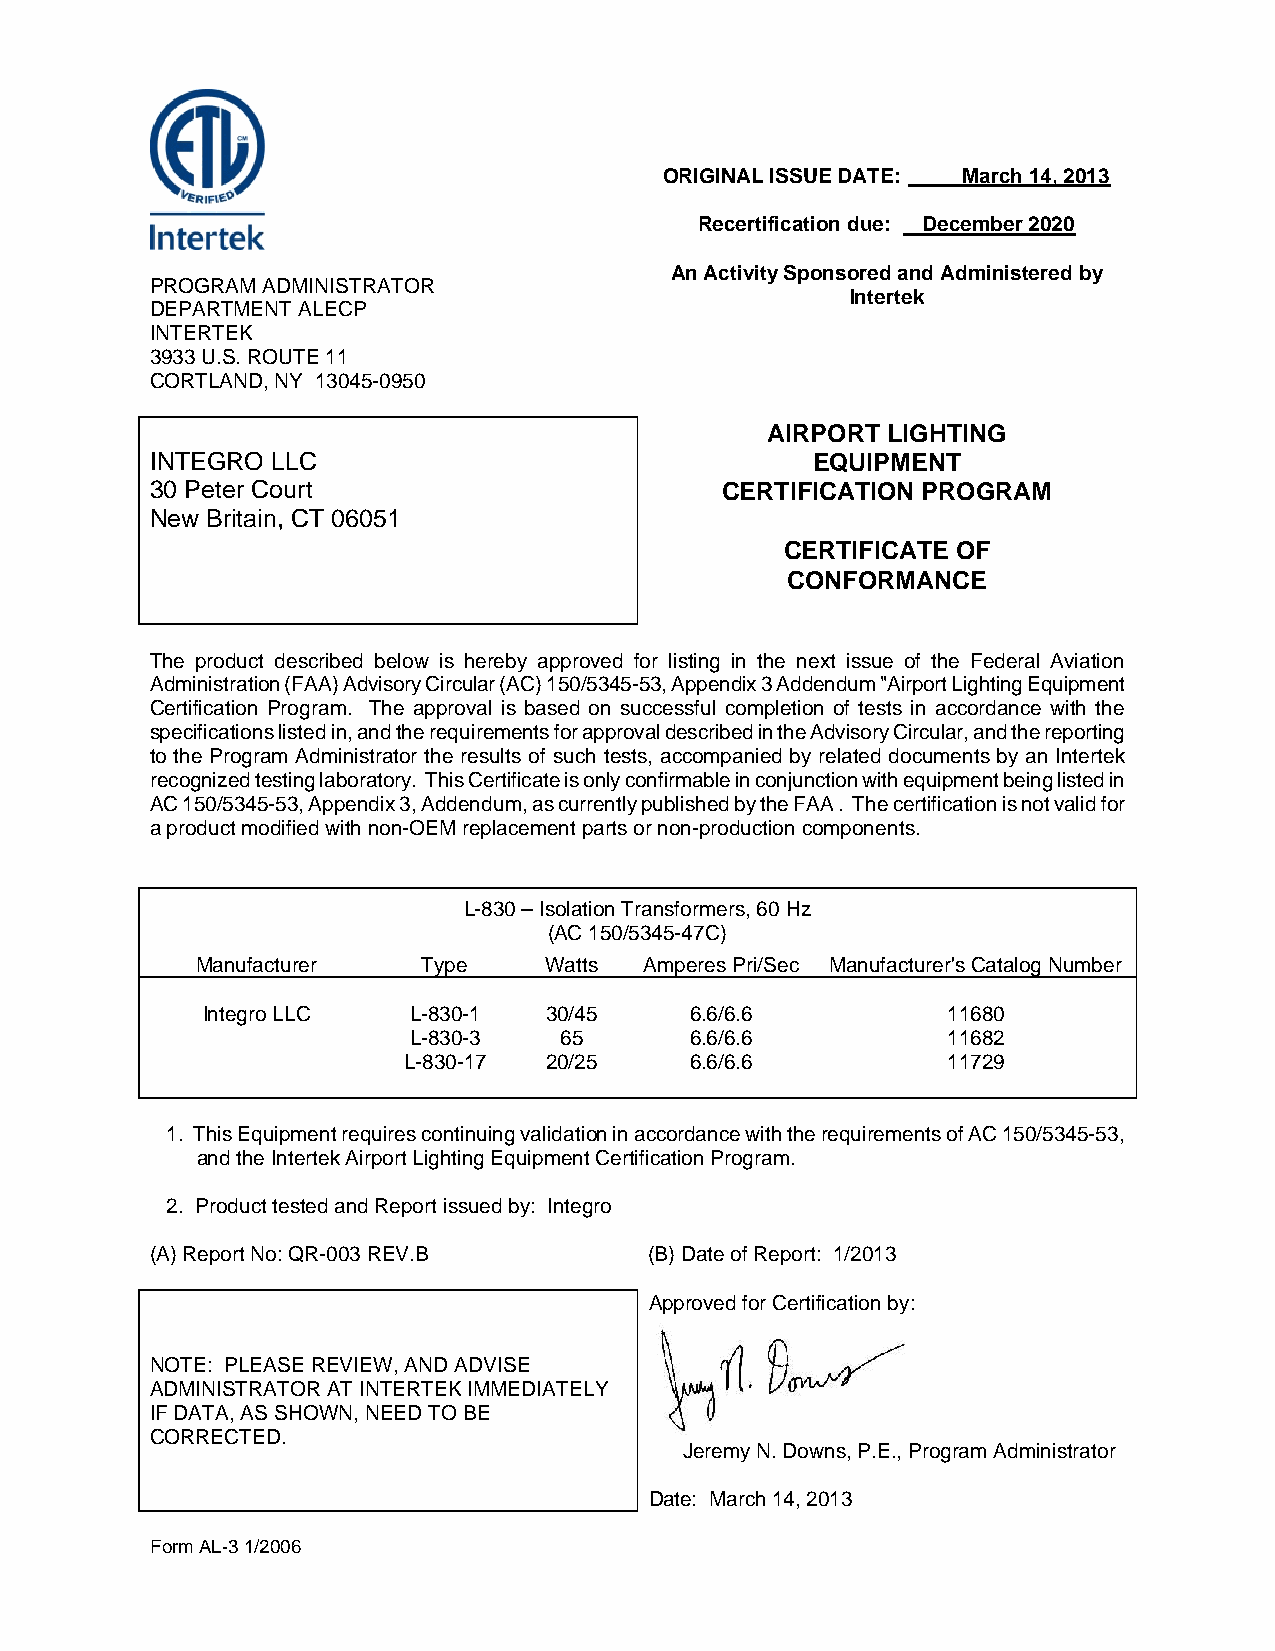
ORIGINAL ISSUE DATE: March 14, 2013
 Recertification due: December 2020
 An Activity Sponsored and Administered by
 PROGRAM ADMINISTRATOR
 Intertek
 DEPARTMENT ALECP
 INTERTEK
 3933 U.S. ROUTE 11
 CORTLAND, NY 13045-0950
 AIRPORT LIGHTING
 INTEGRO LLC                                 EQUIPMENT
 30 Peter Court                        CERTIFICATION PROGRAM
 New Britain, CT 06051
 CERTIFICATE OF
 CONFORMANCE
 The product described below is hereby approved for listing in the next issue of the Federal Aviation
 Administration (FAA) Advisory Circular (AC) 150/5345-53, Appendix 3 Addendum "Airport Lighting Equipment
 Certification Program. The approval is based on successful completion of tests in accordance with the
 specifications listed in, and the requirements for approval described in the Advisory Circular, and the reporting
 to the Program Administrator the results of such tests, accompanied by related documents by an Intertek
 recognized testing laboratory. This Certificate is only confirmable in conjunction with equipment being listed in
 AC 150/5345-53, Appendix 3, Addendum, as currently published by the FAA . The certification is not valid for
 a product modified with non-OEM replacement parts or non-production components.
 L-830 – Isolation Transformers, 60 Hz
 (AC 150/5345-47C)
 Manufacturer   Type    Watts  Amperes Pri/Sec Manufacturer's Catalog Number
 Integro LLC   L-830-1  30/45     6.6/6.6          11680
 L-830-3   65       6.6/6.6          11682
 L-830-17 20/25     6.6/6.6          11729
 1. This Equipment requires continuing validation in accordance with the requirements of AC 150/5345-53,
 and the Intertek Airport Lighting Equipment Certification Program.
 2. Product tested and Report issued by: Integro
 (A) Report No: QR-003 REV.B      (B) Date of Report: 1/2013
 Approved for Certification by:
 NOTE: PLEASE REVIEW, AND ADVISE
 ADMINISTRATOR AT INTERTEK IMMEDIATELY
 IF DATA, AS SHOWN, NEED TO BE
 CORRECTED.
 Jeremy N. Downs, P.E., Program Administrator
 Date: March 14, 2013
 Form AL-3 1/2006